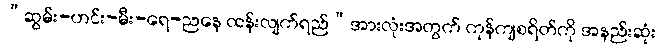
“ဆွမ်း-ဟင်း-မီး-ရေ-ညနေ ထန်းလျက်ရည်”အားလုံးအတွက် ကုန်ကျစရိတ်ကို အနည်းဆုံး